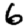
Digit: 6